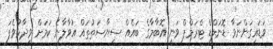
ވަޑައިގަންނަވާ ޑޮނަލްޑް ޓްރަމްޕް ވަނީ އޮބާމާގެ ބައެއް ސިޔާސަތުތައް އުވާލާނެ ކަމަށް ވިދާޅުވެފަ